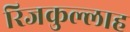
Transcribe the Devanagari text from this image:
रिजकुल्लाह